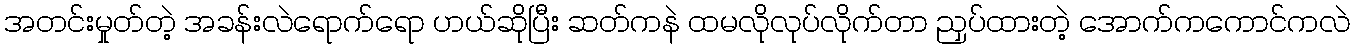
အတင်းမှုတ်တဲ့ အခန်းလဲရောက်ရော ဟယ်ဆိုပြီး ဆတ်ကနဲ ထမလိုလုပ်လိုက်တာ ညှပ်ထားတဲ့ အောက်ကကောင်ကလဲ